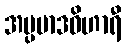
အပ္ပမာဒဝိဟာရီ